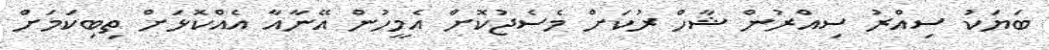
ބަޔަކު ސިއްރު ސިއްރުން ޝާހް ރުކަށް މެސެޖުކޮށް އެމީހުން އޭނާއާ އެއްކޮޅަށް ތިބިކަމަށް